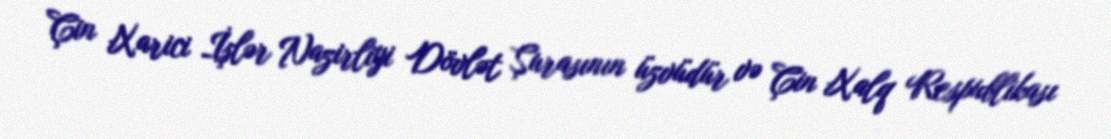
Çin Xarici İşlər Nazirliyi Dövlət Şurasının üzvüdür və Çin Xalq Respublikası